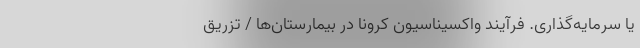
یا سرمایه‌گذاری. فرآیند واکسیناسیون کرونا در بیمارستان‌ها / تزریق